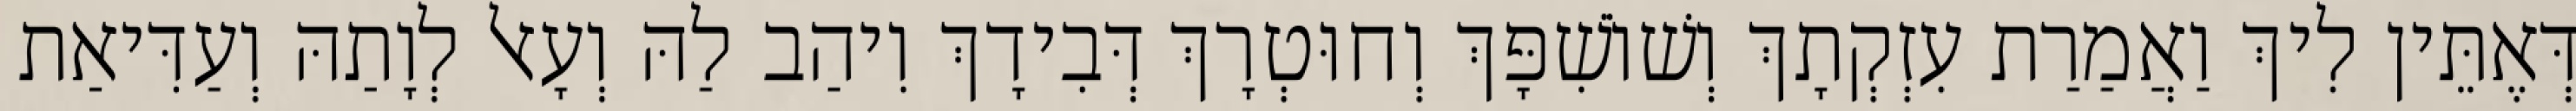
דְּאֶתֵּין לִיךְ וַאֲמַרַת עִזְקְתָךְ וְשׁוֹשִׁפָּךְ וְחוּטְרָךְ דְּבִידָךְ וִיהַב לַהּ וְעָאל לְוָתַהּ וְעַדִּיאַת